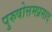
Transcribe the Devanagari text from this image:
पुरुषोत्तमप्रसाद